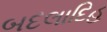
બદલાદિહ